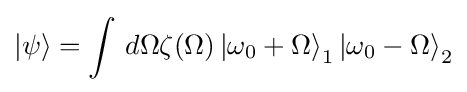
\left|\psi \right\rangle =\int \,d\Omega \zeta (\Omega )\left|\omega _{0}+\Omega \right\rangle _{1}\left|\omega _{0}-\Omega \right\rangle _{2}